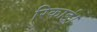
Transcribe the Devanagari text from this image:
रिकार्ड।